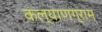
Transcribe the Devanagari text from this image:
कल्याणग्राम